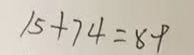
1 5 + 7 4 = 8 9